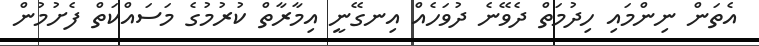
އެތަން ނިންމައި ހިދުމަތް ދެވޭނެ ދުވަހެއް އިނގޭނީ އިމާރާތް ކުރުމުގެ މަސައްކަތް ފެށުމުން